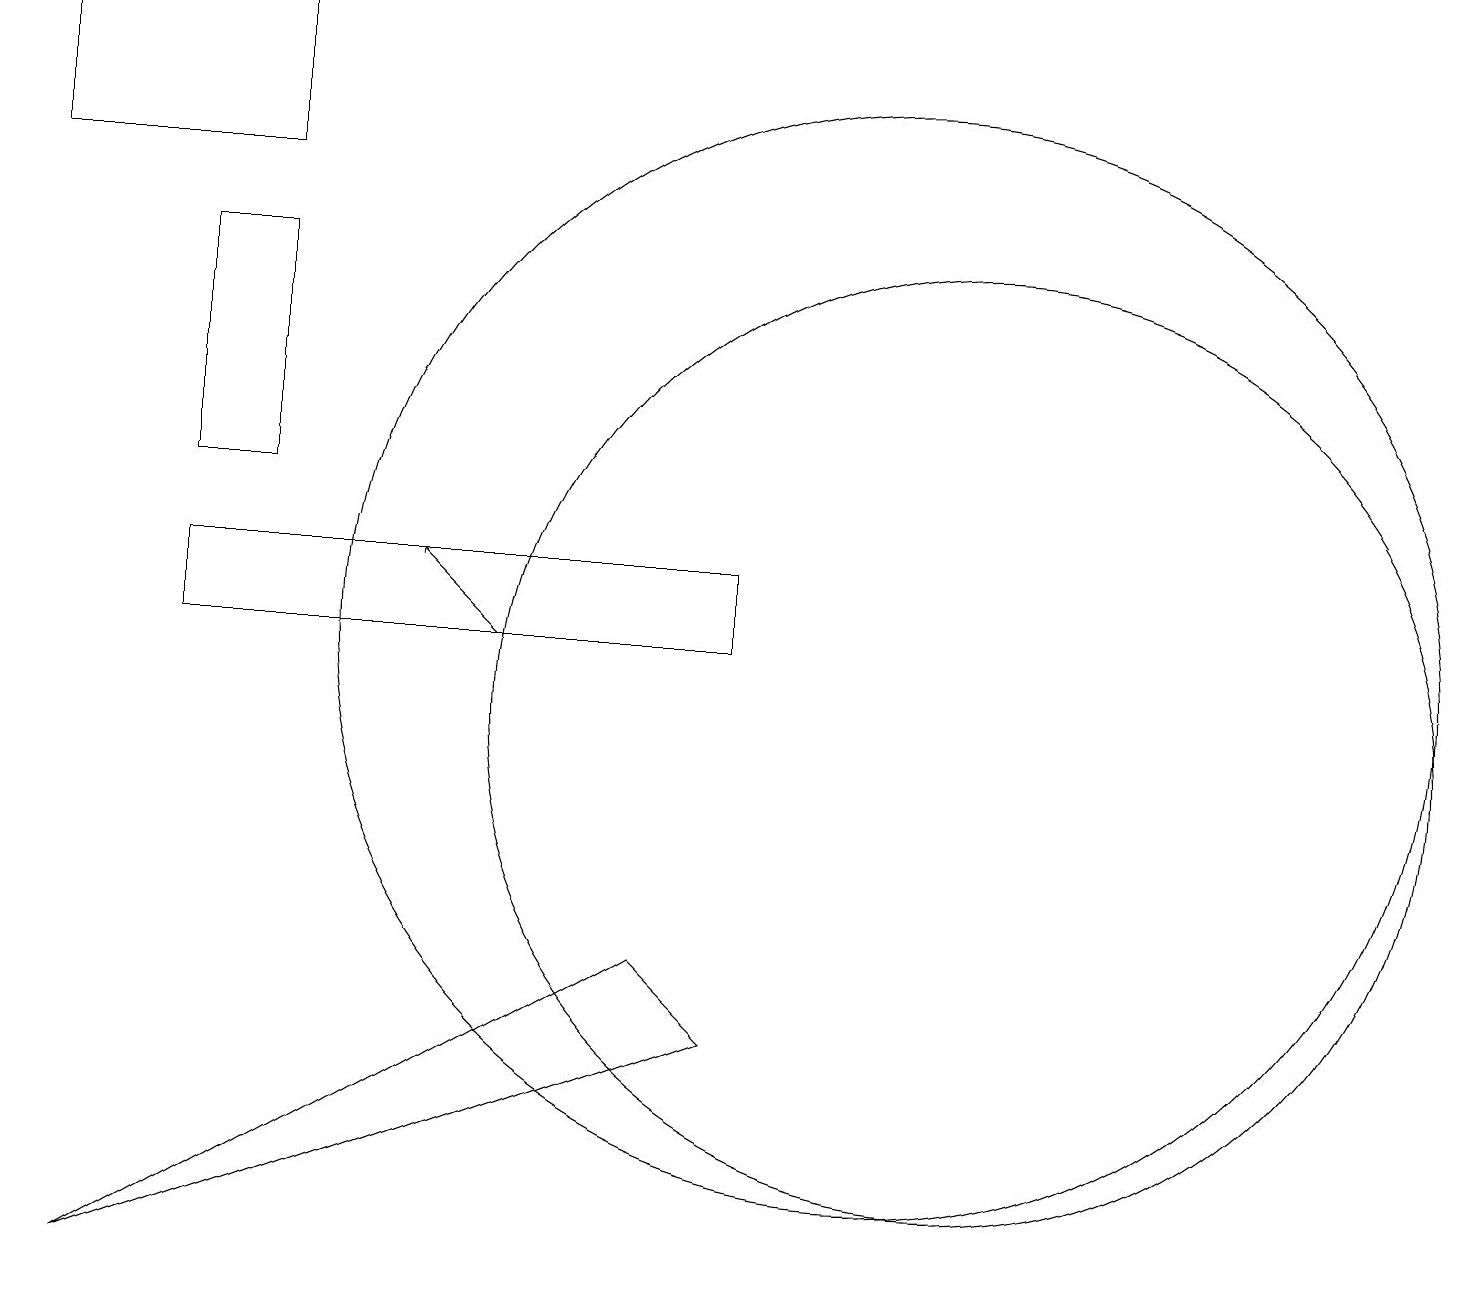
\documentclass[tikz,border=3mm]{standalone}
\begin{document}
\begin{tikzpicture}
\draw (9,6) -- (8,7) -- (1,3) -- cycle;
\draw (2,11) rectangle (9,12);
\draw (11,11) circle (7);
\draw (3,16) rectangle (2,13);
\draw (3,17) rectangle (0,19);
\draw[->] (6,11) -- (5,12);
\draw (12,10) circle (6);
\draw (10,11) circle (0);
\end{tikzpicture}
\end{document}